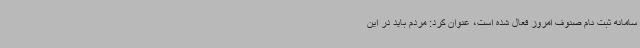
سامانه ثبت نام صنوف امروز فعال شده است، عنوان کرد: مردم باید در این